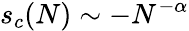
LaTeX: s_{c}(N)\sim-N^{-\alpha}